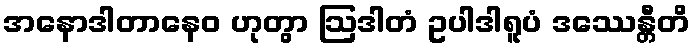
အနောဒါတာနေဝ ဟုတွာ ဩဒါတံ ဥပါဒါရူပံ ဒဿေန္တီတိ